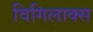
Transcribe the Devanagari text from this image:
विगिलाक्स